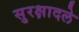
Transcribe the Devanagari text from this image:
सुरक्षादले